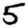
Digit: 5